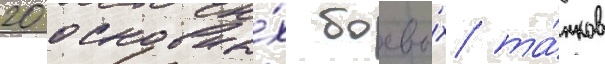
20 основны́х боевы́х та́нков